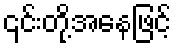
၎င်းတို့အနေဖြင့်